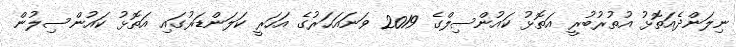
ނިލަންދެއަތޮޅު އުތުރުބުރީ އަތޮޅު ކައުންސިލްގެ 2019 ވަނައަހަރުގެ އަހަރީ ކަލަންޑަރުގައި އަތޮޅު ކައުންސިލުން